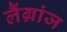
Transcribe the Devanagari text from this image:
लैंग्रांज